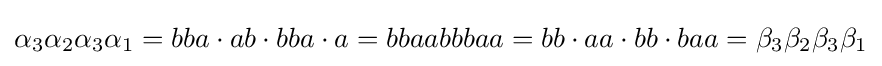
\alpha _{3}\alpha _{2}\alpha _{3}\alpha _{1}=bba\cdot ab\cdot bba\cdot a=bbaabbbaa=bb\cdot aa\cdot bb\cdot baa=\beta _{3}\beta _{2}\beta _{3}\beta _{1}